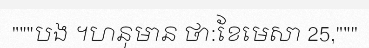
"""បង ។ហនុមាន ថា:ខែមេសា 25,"""